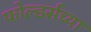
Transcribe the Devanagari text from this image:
फोल्डर्सच्या